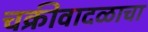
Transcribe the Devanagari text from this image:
चक्रीवादळाचा